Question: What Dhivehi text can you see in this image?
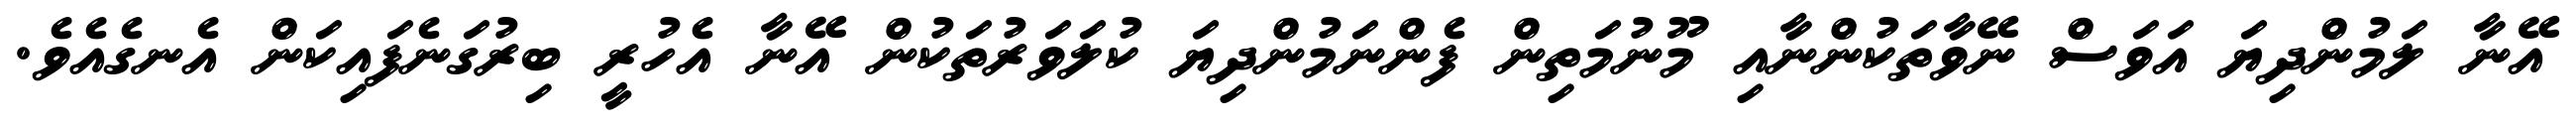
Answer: އޭނާ ލަމުންދިޔަ އަވަސް ނޭވާތަކުންނާއި މޫނުމަތިން ފެންނަމުންދިޔަ ކުލަވަރުތަކުން އޭނާ އެހުރީ ބިރުގަނެފައިކަން އެނގެއެވެ.